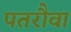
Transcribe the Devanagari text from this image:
पतरौवा